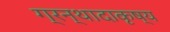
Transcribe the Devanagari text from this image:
ग्रन्थादाकृष्य